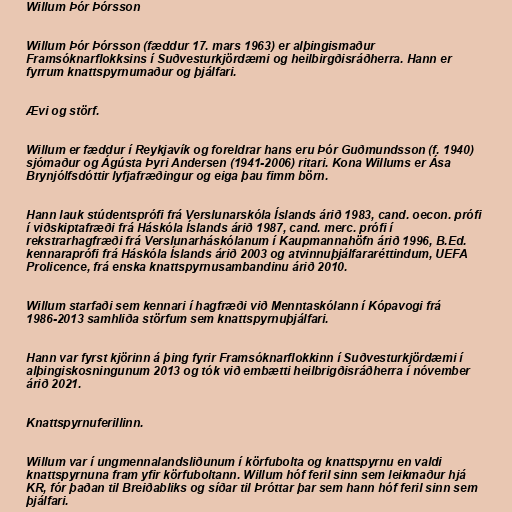
Willum Þór Þórsson

Willum Þór Þórsson (fæddur 17. mars 1963) er alþingismaður
Framsóknarflokksins í Suðvesturkjördæmi og heilbirgðisráðherra. Hann er
fyrrum knattspyrnumaður og þjálfari.

Ævi og störf.

Willum er fæddur í Reykjavík og foreldrar hans eru Þór Guðmundsson (f. 1940)
sjómaður og Ágústa Þyri Andersen (1941-2006) ritari. Kona Willums er Ása
Brynjólfsdóttir lyfjafræðingur og eiga þau fimm börn.

Hann lauk stúdentsprófi frá Verslunarskóla Íslands árið 1983, cand. oecon. prófi
í viðskiptafræði frá Háskóla Íslands árið 1987, cand. merc. prófi í
rekstrarhagfræði frá Verslunarháskólanum í Kaupmannahöfn árið 1996, B.Ed.
kennaraprófi frá Háskóla Íslands árið 2003 og atvinnuþjálfararéttindum, UEFA
Prolicence, frá enska knattspyrnusambandinu árið 2010.

Willum starfaði sem kennari í hagfræði við Menntaskólann í Kópavogi frá
1986-2013 samhliða störfum sem knattspyrnuþjálfari.

Hann var fyrst kjörinn á þing fyrir Framsóknarflokkinn í Suðvesturkjördæmi í
alþingiskosningunum 2013 og tók við embætti heilbrigðisráðherra í nóvember
árið 2021.

Knattspyrnuferillinn.

Willum var í ungmennalandsliðunum í körfubolta og knattspyrnu en valdi
knattspyrnuna fram yfir körfuboltann. Willum hóf feril sinn sem leikmaður hjá
KR, fór þaðan til Breiðabliks og síðar til Þróttar þar sem hann hóf feril sinn sem
þjálfari.